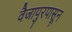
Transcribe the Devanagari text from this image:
वैजापुरपासून